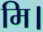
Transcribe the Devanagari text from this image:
मि।